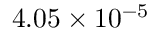
4 . 0 5 \times 1 0 ^ { - 5 }